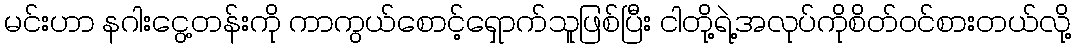
မင်းဟာ နဂါးငွေ့တန်းကို ကာကွယ်စောင့်ရှောက်သူဖြစ်ပြီး ငါတို့ရဲ့အလုပ်ကိုစိတ်ဝင်စားတယ်လို့